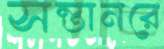
সন্তানরে